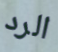
الرد